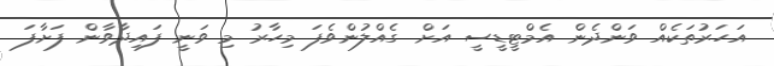
އަހަރުތަކެއް ވަންދެން އެމްޓީޑީސީ އަށް ގެއްލުންވެފަ މިހާރު މި ވަނީ ފައިދާވާން ފަށާފަ